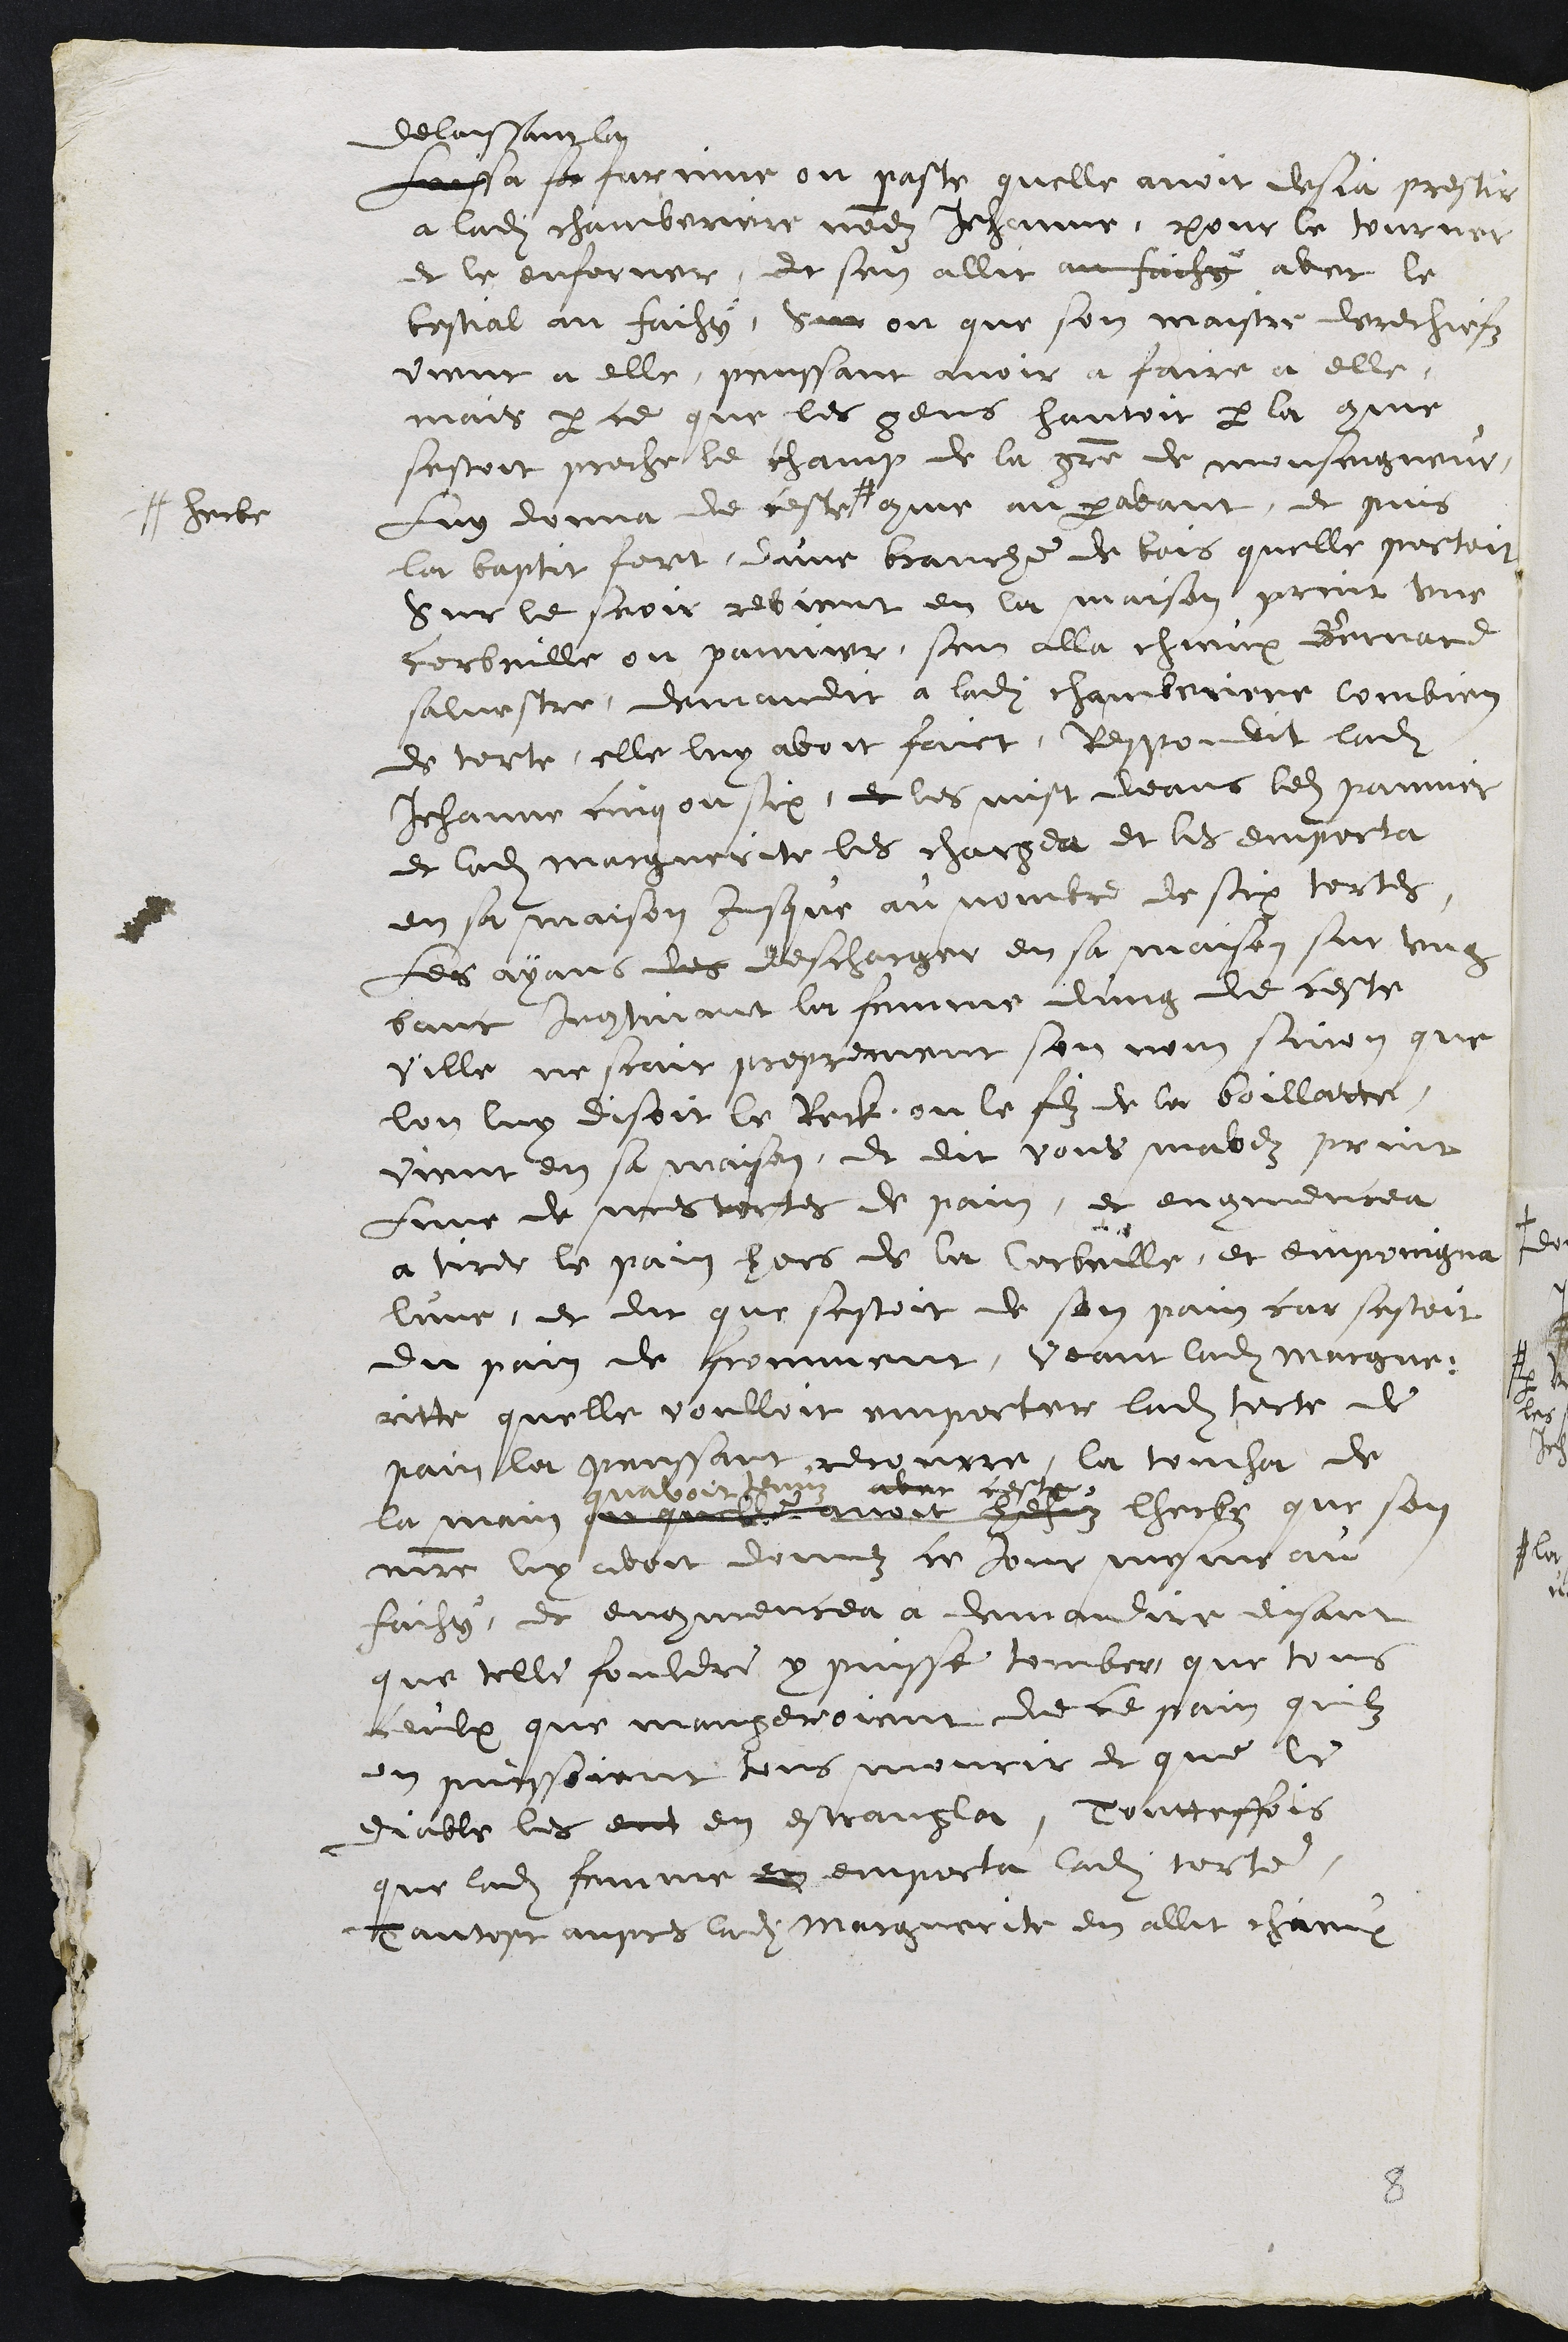
delaissant la
Laissa sa farinne ou paste quelle avoit desja prestir
a ladite chamberiere nommez Jehanne, pour le tourner
et le enforner, et sen allit au faihy avec le
bestial au faihy. Sur ou que son maistre derechiefz
vient a elle, penssant avoir a faire a elle,
mais parce que les gens hantoit par la comme
sestoit proche le champ de la gre de monseigneur,
Luy donna de ceste #
# herbe,
comme au paravant, et puis
la baptit fort, dune branche de bois quelle portoit
Sur le seoir revient en la maison print une
corbeille ou pannier, sen alla chieux Bernard
salvestre, demandit a ladite chamberiere combien
de torte, elle luy avoit faict, Respondit ladite
Jehanne cinq ou six, et les mist deans ledit pannier
et ladite marguerite les chargea et les emporta
en sa maison jusque au nombre de six tortes,
les ayans des descharger en sa maison sur ung
banc Incontinant la femme dung de ceste
ville ne scait proprement son non sinon que
lon luy disoit le Reck, ou le filz de la boillatte,
vient en sa maison, et dit vous mavez print
Lune de mes tortes de pain, et encommencea
a tirer le pain hors de la Cerbeille, et empoingna
lune, et dit que sestoit de son pain car sestoit
du pain de fromment, veant ladite margue-
ritte quelle voulloit emporter ladite torte de
pain la penssant recourre, la toucha de
la main en quelle avoit hehuz
quavoit tenuz
avec ceste
lherbe que son
maistre luy avoit donnez ce jour mesme au
faihy, et encommencea a demaudir disant
que telle fouldre y puisse tomber que tous
ceulx que mangeroient de ce pain quilz
en puissoient tous mourir et que le
diable les ent en estrangla, Touteffois
que ladite femme en emporta ladite torte,
Tantost aupres ladite marguerite en allit chieux,

8